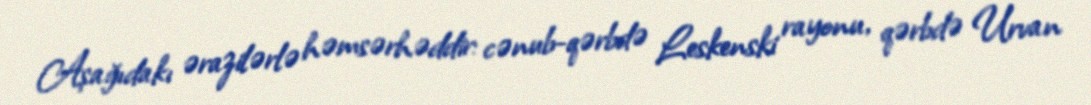
Aşağıdakı ərazilərlə həmsərhəddir: cənub-qərbdə Leskenski rayonu, qərbdə Urvan